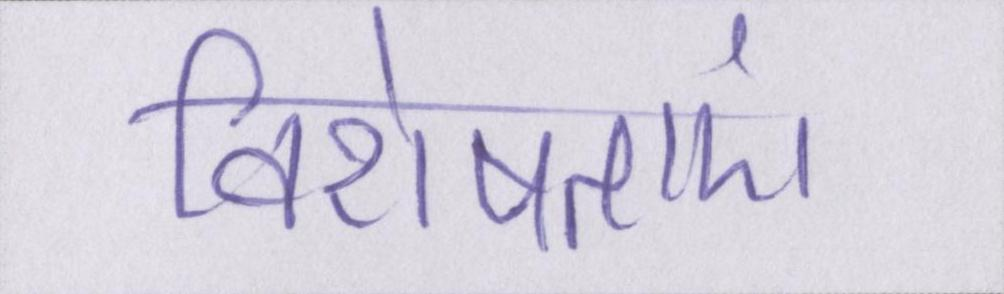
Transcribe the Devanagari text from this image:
विशेषताएं